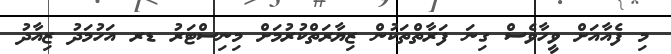
މި ފެއާއަށް ވީހާވެސް ގިނަ ފަރާތްތަކުން ޒިޔާރަތްކުރުމަށް މިނިސްޓަރު ޑރ އަހުމަދު ޒިއާދު